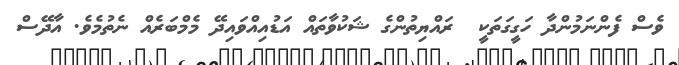
ވެސް ފެންނަމުންދާ ހަގީގަތަކީ  ރައްޔިތުންގެ ޝަކުވާތައް އަޑުއިއްވައިދޭ މެމްބަރެއް ނެތުމެވެ. އާދޭސް